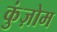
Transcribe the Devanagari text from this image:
कुंज़ोम